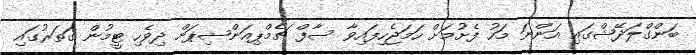
ބަންގްލަދޭޝްގައި އަންނަ މަހު ފެށުމަށް ހަމަޖެހިފައިވާ ސާފް ޗެމްޕިއަންޝިޕަށް ދިވެހި ޓީމުން ގަތަރުގައި